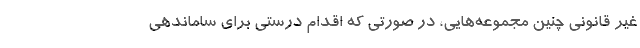
غیر قانونی چنین مجموعه‌هایی، در صورتی که اقدام درستی برای ساماندهی